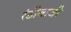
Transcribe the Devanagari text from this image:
रंडीबाजी